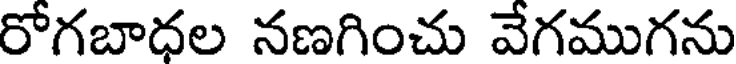
రోగబాధల నణగించు వేగముగను